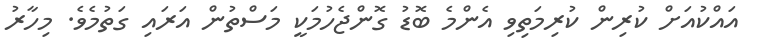
އައްކުއަށް ކުރިން ކުރިމަތިވި އެންމެ ބޮޑު ގޮންޖެހުމަކީ މަސްތުން އަރައި ގަތުމެވެ. މިހާރު